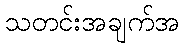
သတင်းအချက်အ